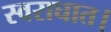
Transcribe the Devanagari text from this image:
स्वराघात।